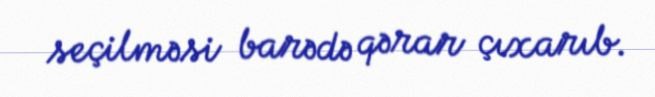
seçilməsi barədə qərar çıxarıb.